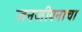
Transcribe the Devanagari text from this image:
जनजीवनाचा